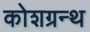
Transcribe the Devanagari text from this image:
कोशग्रन्थ